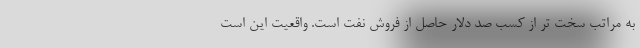
به مراتب سخت تر از کسب صد دلار حاصل از فروش نفت است. واقعیت این است